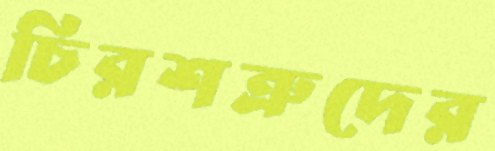
চিরশত্রুদের